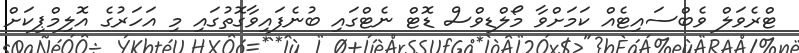
ޓްރެވަލް ވެބްސައިޓެއް ކަމަށްވާ މޯލްޑިވްސް ޑޮޓް ނެޓްގައި ބުނެފައިވާގޮތުގައި މި އަހަރުގެ އޮލިމްޕިކަށް